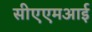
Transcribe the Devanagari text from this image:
सीएएमआई